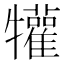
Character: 𤜍